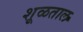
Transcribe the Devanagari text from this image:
शूळताल